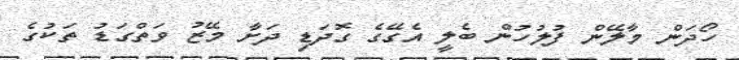
ހޯދަން މާލޭން ފުލުހުން ބެލީ އެގޭގެ ގޮދަޑި ދަށާ މޭޒު ވަތްގަޑު ތަކުގެ